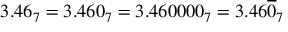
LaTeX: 3 . 4 6 _ { 7 } = 3 . 4 6 0 _ { 7 } = 3 . 4 6 0 0 0 0 _ { 7 } = 3 . 4 6 { \overline { { 0 } } } _ { 7 }